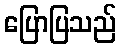
ပြောပြသည်